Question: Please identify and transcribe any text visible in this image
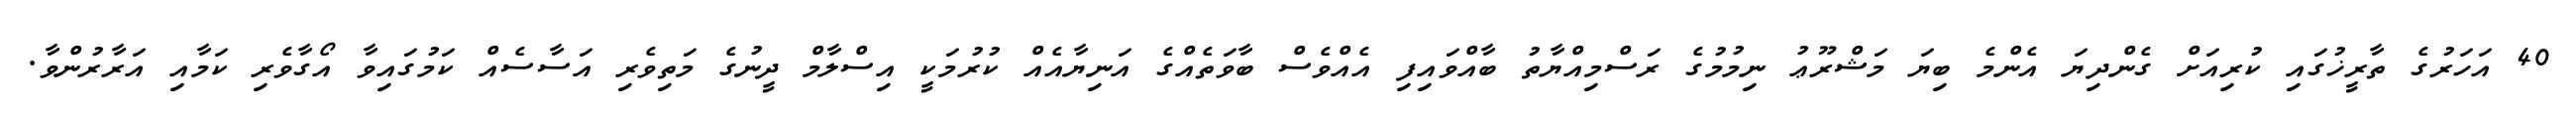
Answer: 40 އަހަރުގެ ތާރީޚުގައި ކުރިއަށް ގެންދިޔަ އެންމެ ބިޔަ މަޝްރޫޢު ނިމުމުގެ ރަސްމިއްޔާތު ބާއްވައިފި އެއްވެސް ބާވަތެއްގެ އަނިޔާއެއް ކުރުމަކީ އިސްލާމް ދީނުގެ މަތިވެރި އަސާސެއް ކަމުގައިވާ އޯގާވެރި ކަމާއި އަރާރުންވާ.